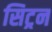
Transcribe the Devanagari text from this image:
सिट्रन